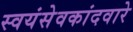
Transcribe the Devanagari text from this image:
स्वयंसेवकांदवारे